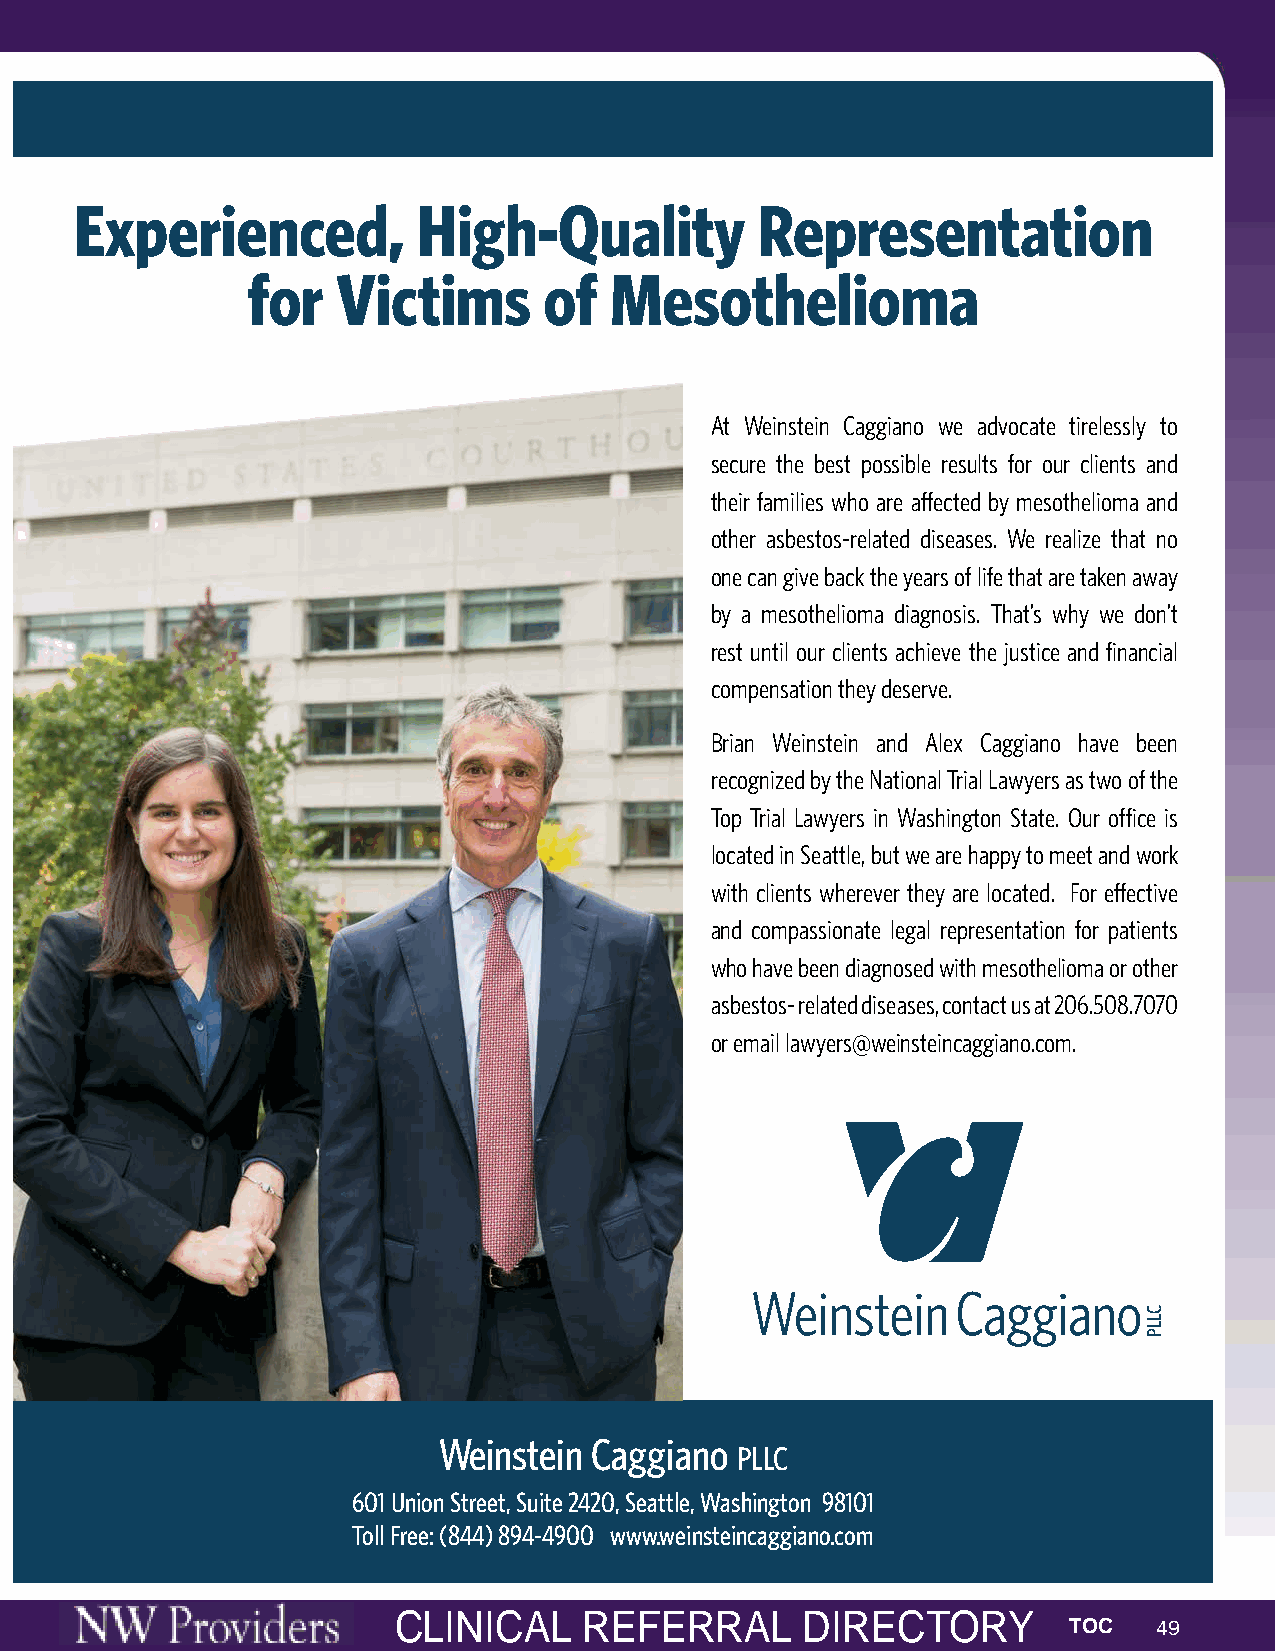
WEINSTEIN CAGGIANO | UWMC FULL PAGE VERTICAL AD
 DATE: December 11, 2020 8:34 AM
 INKS: 4/C OFFSET, SEPARATED TO SWOP
 PAPER: N/A
 TRIM SIZE: FINISHED TRIM SIZE 9.25 in x 7.125 in
 INSTRUCTIONS: DO NOT PRINT CYAN OR MAGENTA MARK UPS!
 Experienced,           High-Quality          Representation
 for   Victims       of  Mesothelioma
 At Weinstein Caggiano we advocate tirelessly to
 secure the best possible results for our clients and
 their families who are affected by mesothelioma and
 other asbestos-related diseases. We realize that no
 one can give back the years of life that are taken away
 by a mesothelioma diagnosis. That’s why we don’t
 rest until our clients achieve the justice and financial
 compensation they deserve.
 Brian Weinstein and Alex Caggiano have been
 recognized by the National Trial Lawyers as two of the
 Top Trial Lawyers in Washington State. Our office is
 located in Seattle, but we are happy to meet and work
 with clients wherever they are located. For effective
 and compassionate legal representation for patients
 who have been diagnosed with mesothelioma or other
 asbestos- related diseases, contact us at 206.508.7070
 or email lawyers@weinsteincaggiano.com.
 Weinstein    Caggiano
 Weinstein Caggiano
 PLLC
 601 Union Street, Suite 2420, Seattle, Washington 98101
 Toll Free: (844) 894-4900 www.weinsteincaggiano.com
 THE PUGET  SOUND   ARCEAL ISNAIFCETAYL S RUMEMFIET RDIRREACLT ODRIRY ECTORY
 TOC   49
 CLLP